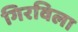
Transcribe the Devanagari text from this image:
गिरविला